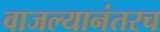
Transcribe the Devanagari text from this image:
वाजल्यानंतरच